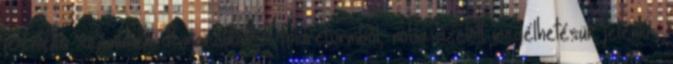
jelentette számukra. Kimaradtak a földreformból, noha azelőtt megélhetésük jelentős